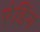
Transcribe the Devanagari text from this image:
ऐडिंग